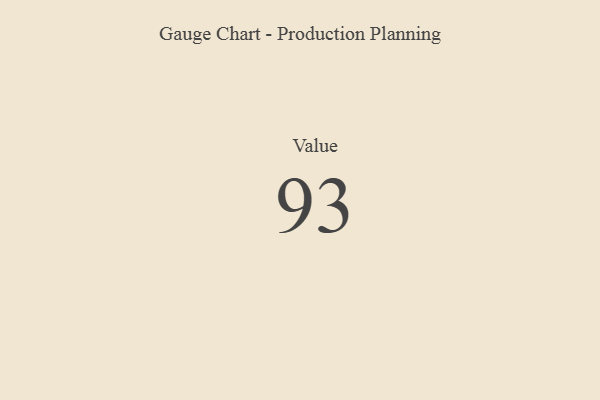
{"axis": {"x": "Metric", "y": "Value"}, "legend": [""], "data": [{"x": "Value", "y": 93, "type": ""}]}